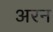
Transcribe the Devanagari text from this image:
अरन